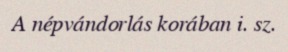
A népvándorlás korában i. sz.